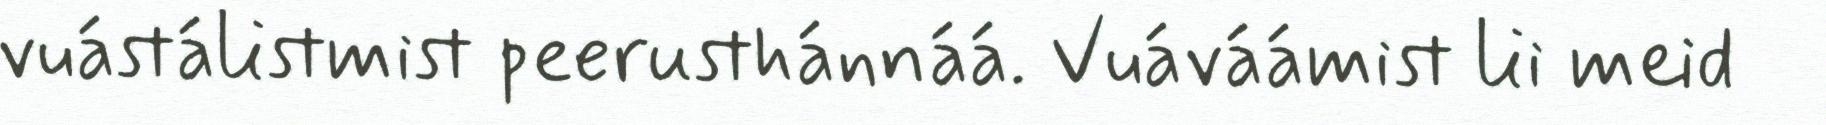
vuástálistmist peerusthánnáá. Vuáváámist lii meid